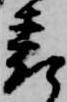
表